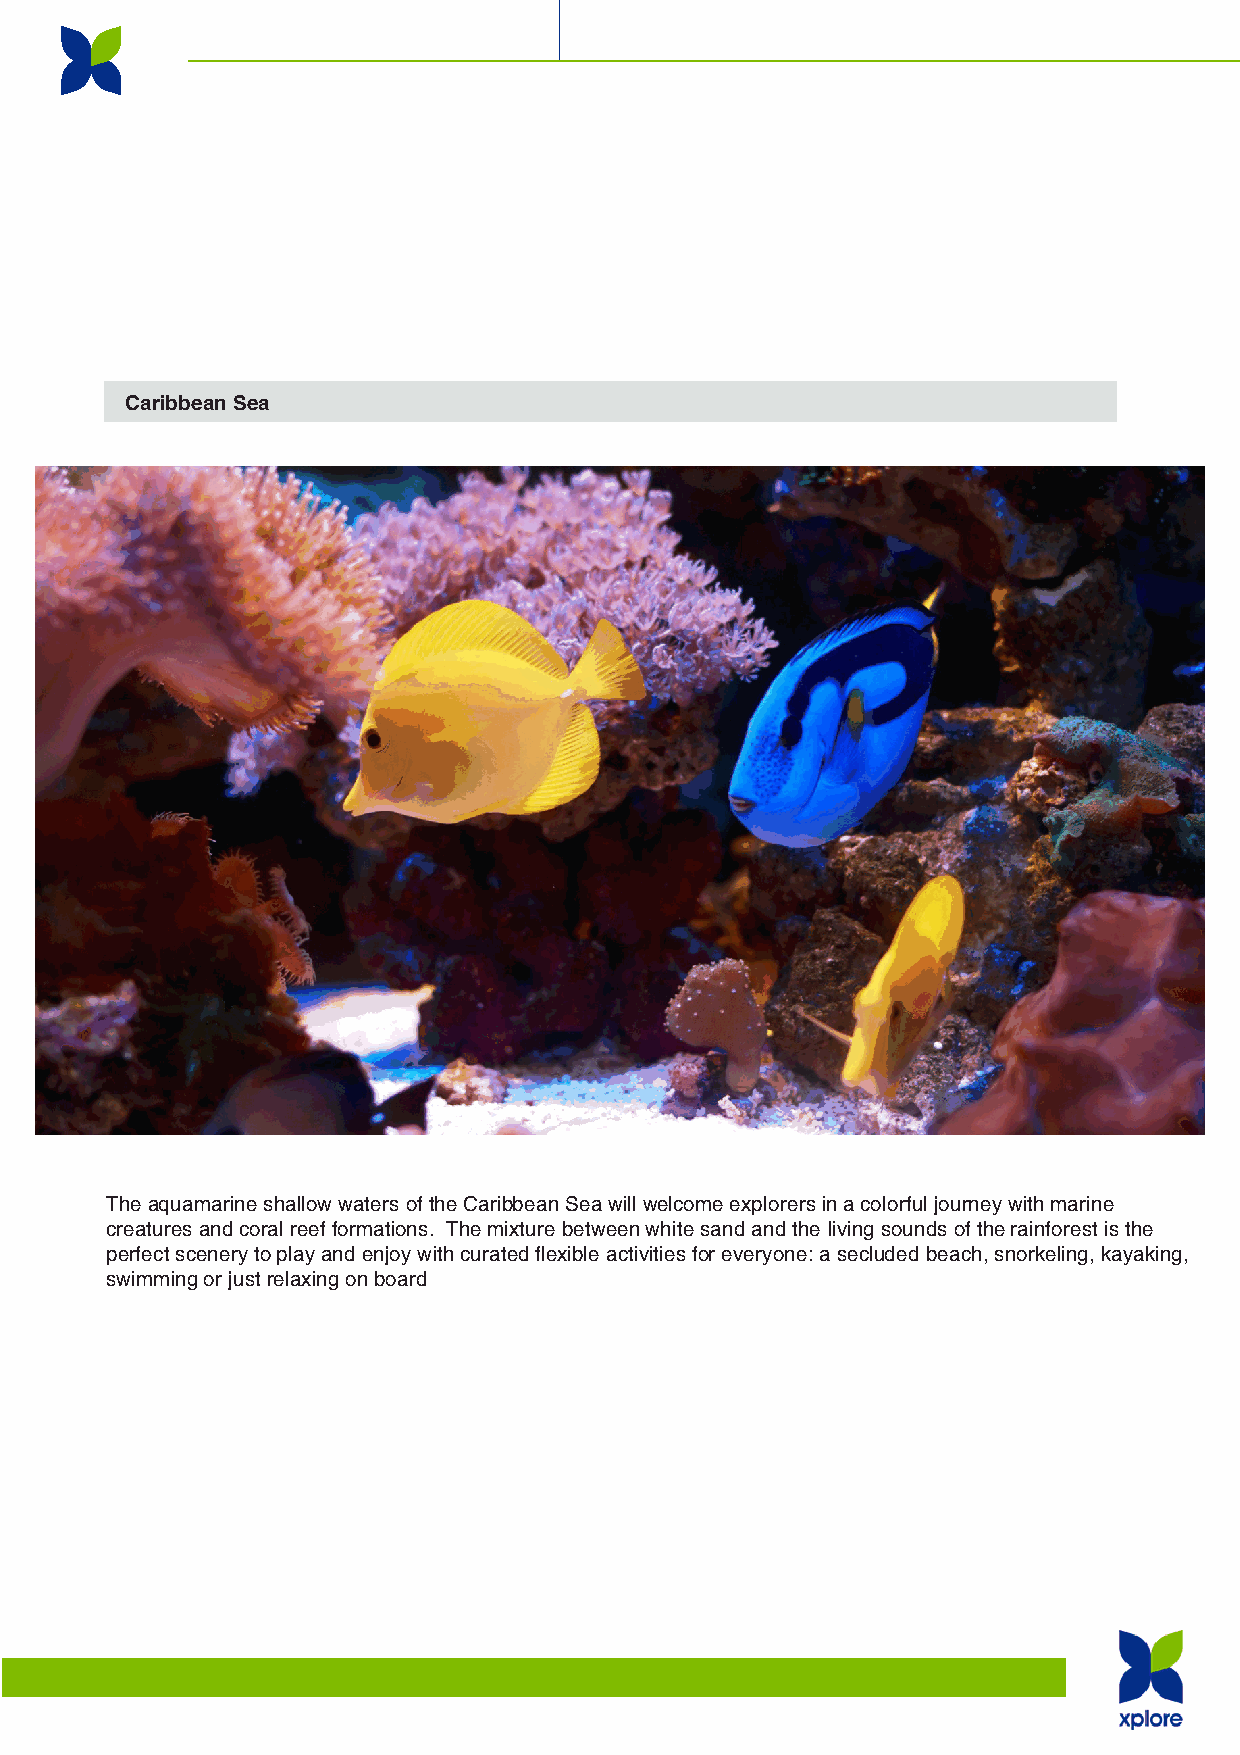
Caribbean Sea
 The aquamarine shallow waters of the Caribbean Sea will welcome explorers in a colorful journey with marine
 creatures and coral reef formations. The mixture between white sand and the living sounds of the rainforest is the
 perfect scenery to play and enjoy with curated flexible activities for everyone: a secluded beach, snorkeling, kayaking,
 swimming or just relaxing on board